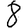
Digit: 8